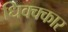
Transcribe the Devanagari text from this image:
धिक्क्कार